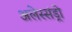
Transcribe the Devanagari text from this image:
अलेस्संड्रो